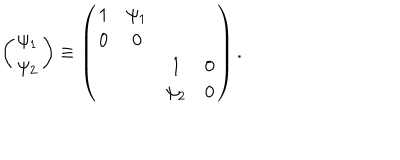
\left( \begin{array} { c } { { \psi _ { 1 } } } \\ { { \psi _ { 2 } } } \\ \end{array} \right) \equiv \left( \begin{array} { c c c c } { { 1 } } & { { \psi _ { 1 } } } & { { } } & { { } } \\ { { 0 } } & { { 0 } } & { { } } & { { } } \\ { { } } & { { } } & { { 1 } } & { { 0 } } \\ { { } } & { { } } & { { \psi _ { 2 } } } & { { 0 } } \\ \end{array} \right) .